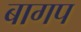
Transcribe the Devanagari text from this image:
बागप